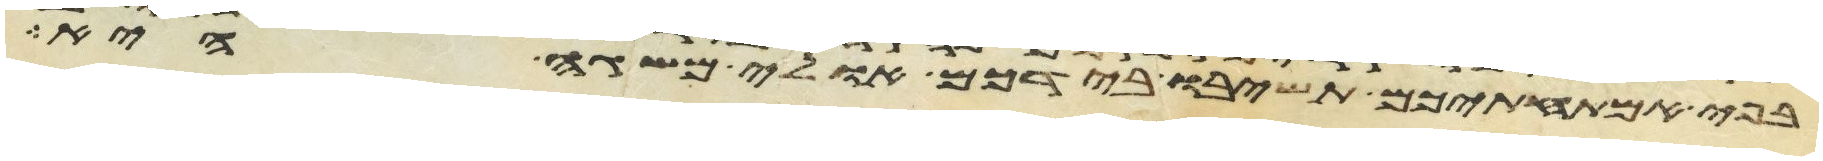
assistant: בפי אמתחתיכם תשיבו בידיכם אולי משגה היא